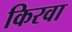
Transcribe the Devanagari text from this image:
किरवा